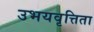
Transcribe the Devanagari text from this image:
उभयवृत्तिता